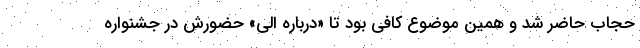
حجاب حاضر شد و همین موضوع کافی بود تا «درباره الی» حضورش در جشنواره